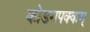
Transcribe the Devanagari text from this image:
कोडमपक्कम्